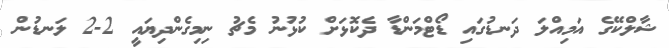
ޝާލްކޭގެ އަމިއްލަ ދަނޑުގައި ޑޯޓްމަންޑާ ދެކޮޅަށް ކުޅުނު މެޗު ނިމިގެންދިޔައީ 2-2 ލަނޑުން